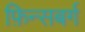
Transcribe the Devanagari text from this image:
फ़िन्सबर्ग